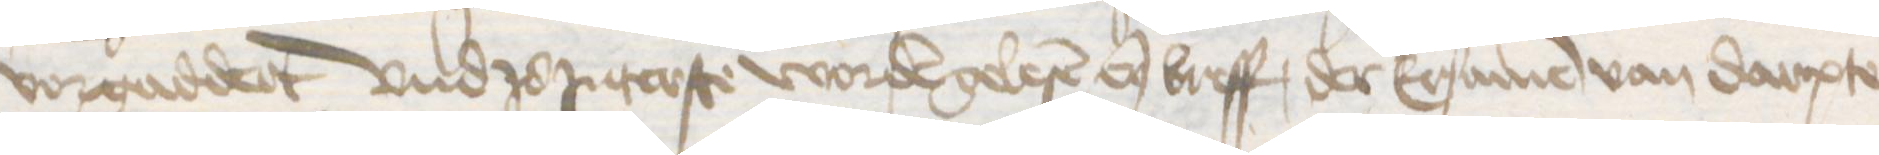
vorgaddert und zo Jnterste worden gelesen enen breff, der Ersamen van Darpte